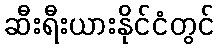
ဆီးရီးယားနိုင်ငံတွင်